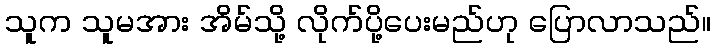
သူက သူမအား အိမ်သို့ လိုက်ပို့ပေးမည်ဟု ပြောလာသည်။